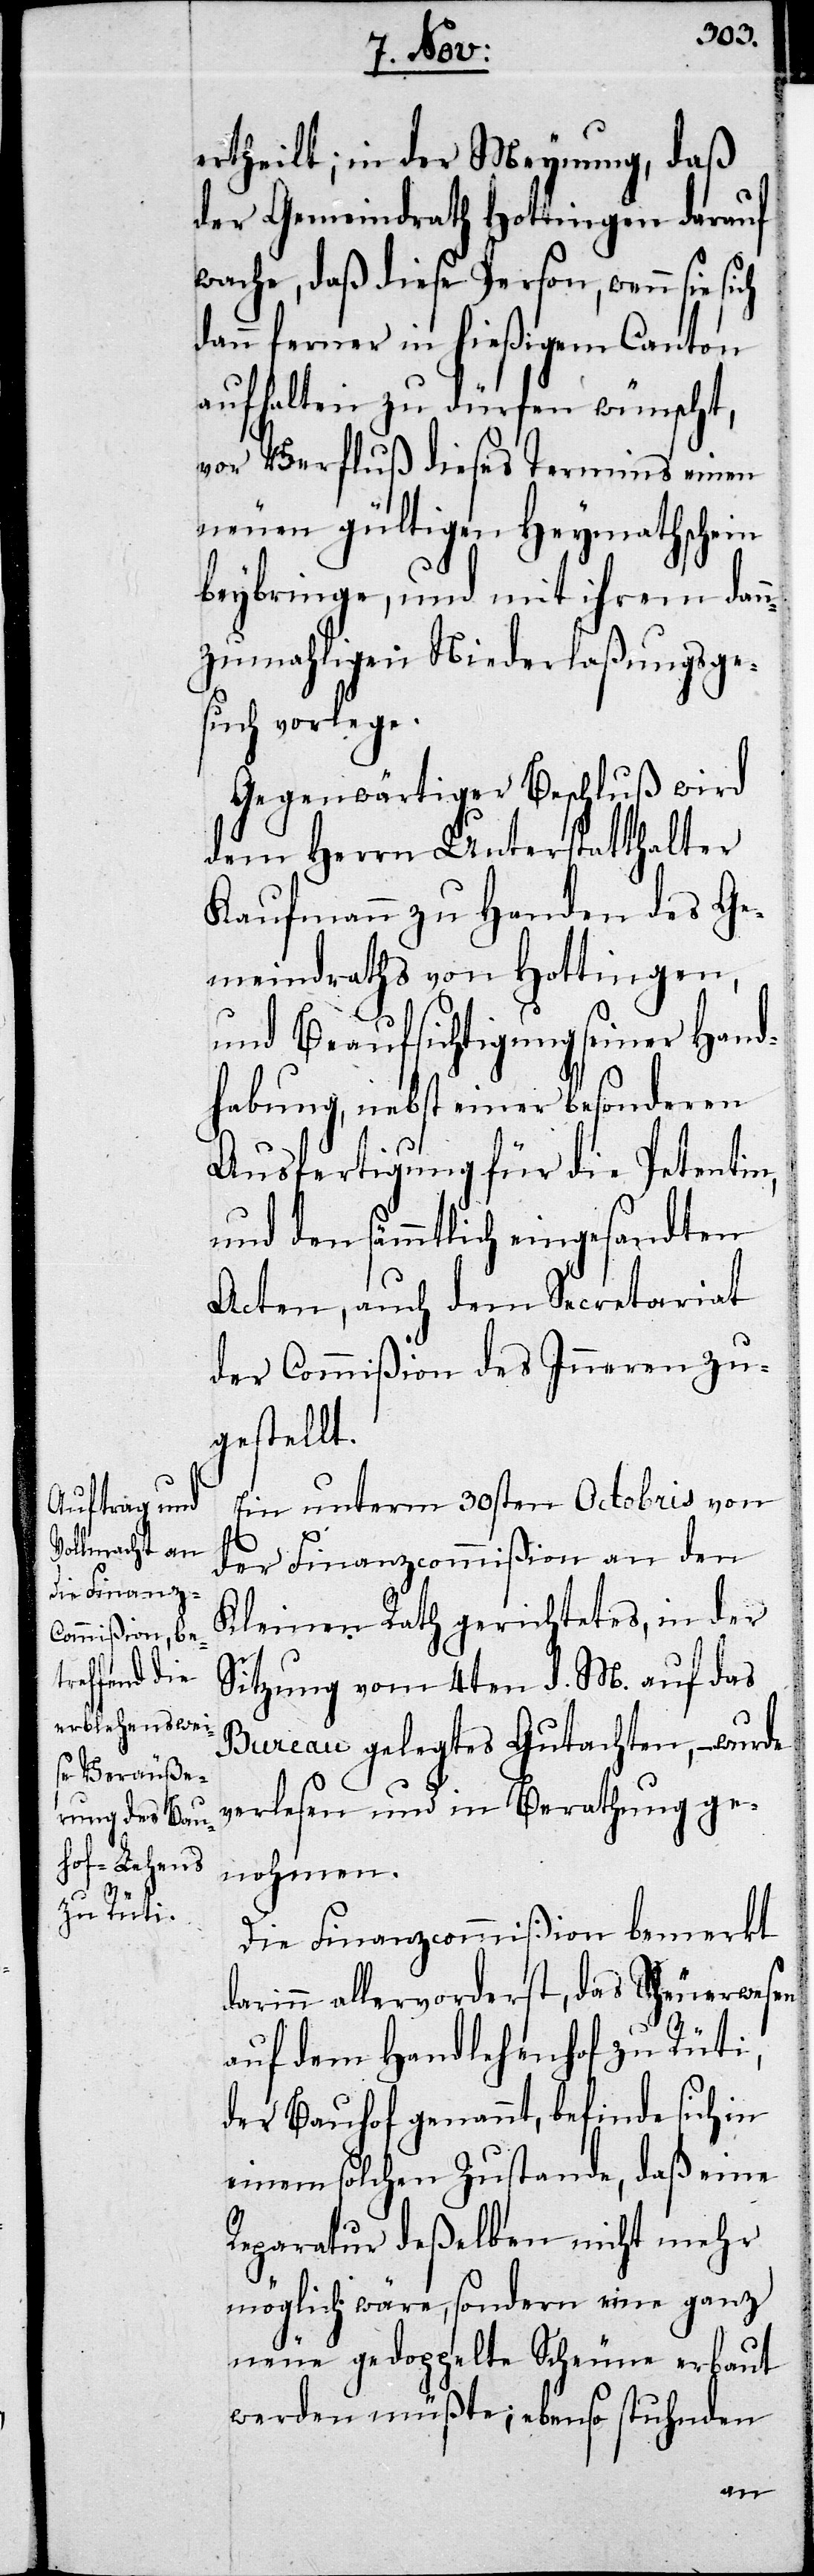
ertheilt; in der Meynung, daß
der Gemeinderath Hottingen darauf
wache, daß diese Person, wenn sie sich
dann ferner in hießigem Canton
aufhalten zu dürfen wünscht,
vor Verfluß dieses Termins einen
neuen gültigen Heymathschein
beybringe, und mit ihrem dan¬
nzumahligen Niederlaßungsge¬
such vorlege.
Gegenwärtiger Beschluß wird
dem Herrn Unterstatthalter
Kaufmann zu Handen des G¬
emeinderaths von Hottingen,
und Beaufsichtigung seiner Hand¬
habung, nebst einer besonderen
Ausfertigung für die Petentin,
und den sämmtlich eingesandten
Acten, auch dem Secreariat
der Commißion des Inneren zu¬
gestellt.
Ein unterm 30sten Octobris von
der Finanzcommißion an den
Kleinen Rath gerichtetes, in der
Sitzung vom 4ten d. M. auf das
Bureau gelegtes Gutachten, – wurde
verlesen und in Berathung ge¬
nohmen.
Die Finanzcommißion bemerkt
darinn allervorderst, das Scheuerwesen
auf dem Handlehenhof zu Rüti,
der Bauhof genannt, befinde sich in
einem solchen Zustande, daß eine
Reparatur deßelben nicht mehr
möglich wäre, sondern eine ganz
neue gedoppelte Scheune erbaut
werden müßte; ebenso stuhnden